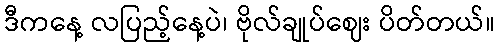
ဒီကနေ့ လပြည့်နေ့ပဲ၊ ဗိုလ်ချုပ်ဈေး ပိတ်တယ်။